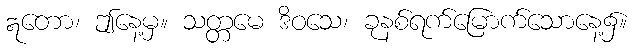
ဣတော၊ ဤနေ့မှ။ သတ္တမေ ဒိဝသေ၊ ခုနစ်ရက်မြောက်သောနေ့၌။